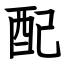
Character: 配